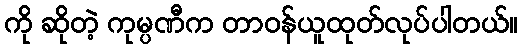
ကို ဆိုတဲ့ ကုမ္ပဏီက တာဝန်ယူထုတ်လုပ်ပါတယ်။